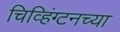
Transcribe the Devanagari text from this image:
चिव्हिंग्टनच्या